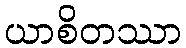
ယာစိတဿာ